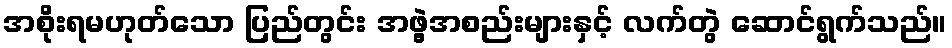
အစိုးရမဟုတ်သော ပြည်တွင်း အဖွဲ့အစည်းများနှင့် လက်တွဲ ဆောင်ရွက်သည်။